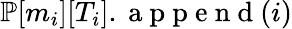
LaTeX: {\mathbb{P}}[m_{i}][T_{i}].\mathrm{~a~p~p~e~n~d~}(i)